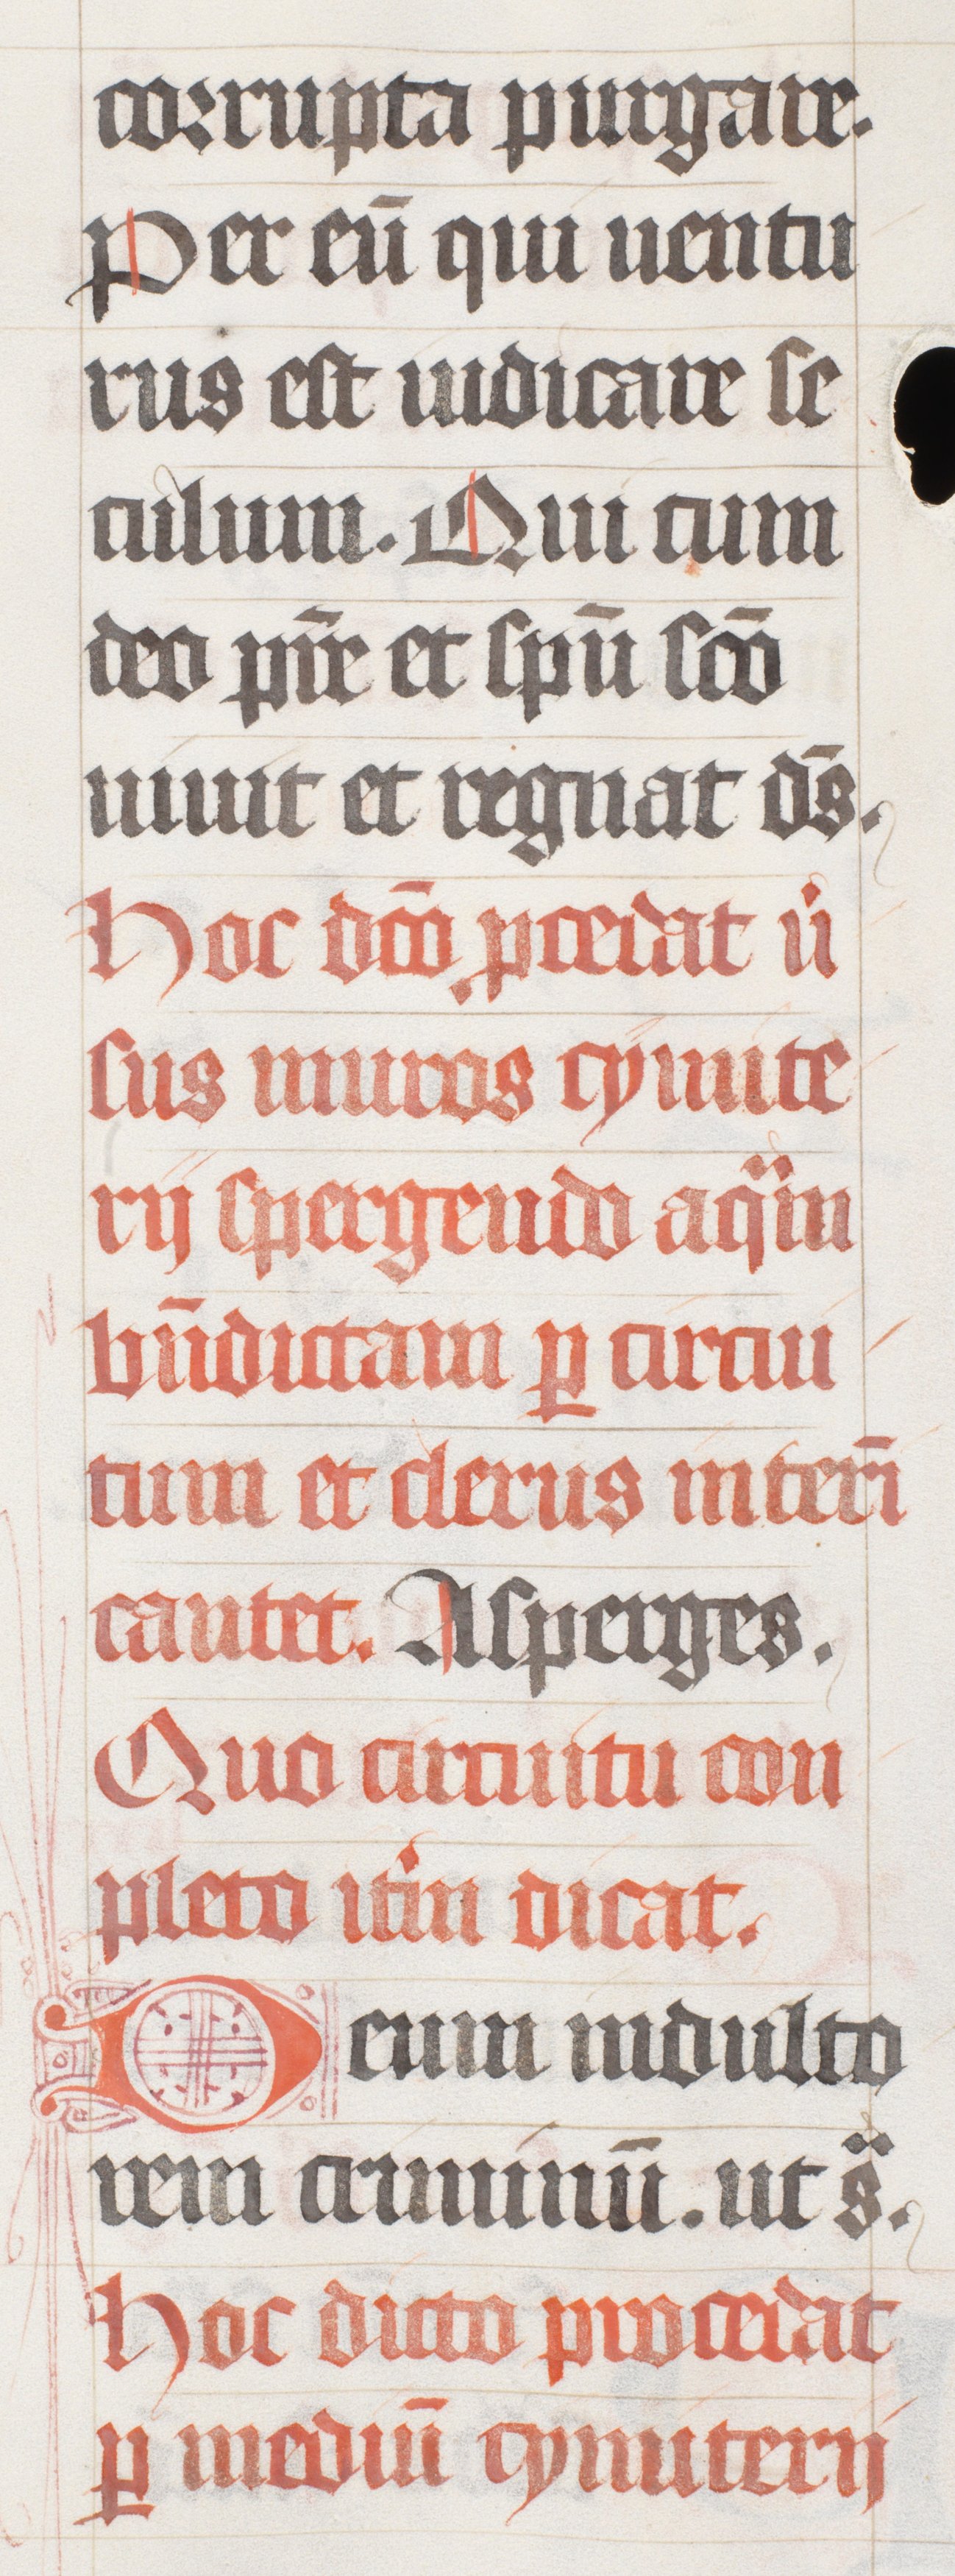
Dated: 1447–1478